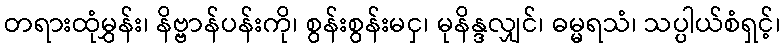
တရားထုံမွှန်း၊ နိဗ္ဗာန်ပန်းကို၊ စွန်းစွန်းမငှ၊ မုနိန္ဒလျှင်၊ ဓမ္မရသံ၊ သပ္ပါယ်စံရှင့်၊